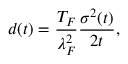
d ( t ) = \frac { T _ { F } } { \lambda _ { F } ^ { 2 } } \frac { \sigma ^ { 2 } ( t ) } { 2 t } ,